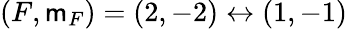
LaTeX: (F,\mathsf{m}_{F})=(2,-2)\leftrightarrow(1,-1)